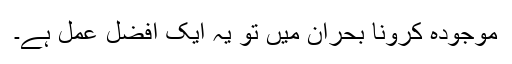
موجودہ کرونا بحران میں تو یہ ایک افضل عمل ہے۔